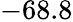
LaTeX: -68.8